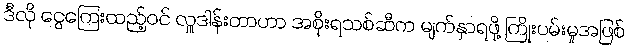
ဒီလို ငွေကြေးထည့်ဝင် လှူဒါန်းတာဟာ အစိုးရသစ်ဆီက မျက်နှာရဖို့ ကြိုးပမ်းမှုအဖြစ်